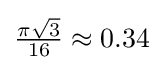
{\tfrac {\pi {\sqrt {3}}}{16}}\approx 0.34